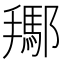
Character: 𨞲